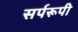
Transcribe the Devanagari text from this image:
सर्परूपी